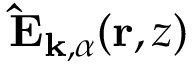
\mathbf { \hat { E } } _ { \mathbf { k } , \alpha } ( \mathbf { r } , z )